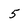
Character: 5